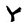
Character: Y